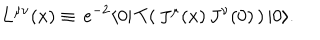
L ^ { \mu \nu } ( x ) \equiv \, e ^ { - 2 } \langle 0 | \, T ( \, J ^ { \mu } ( x ) \, J ^ { \nu } ( 0 ) \, ) \, | 0 \rangle .